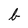
Character: b